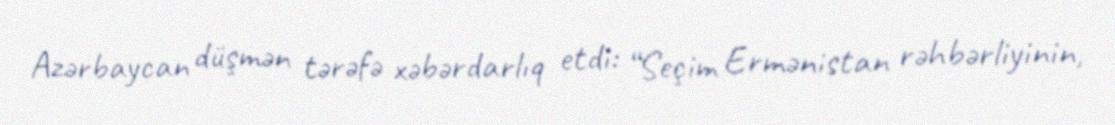
Azərbaycan düşmən tərəfə xəbərdarlıq etdi: “Seçim Ermənistan rəhbərliyinin,